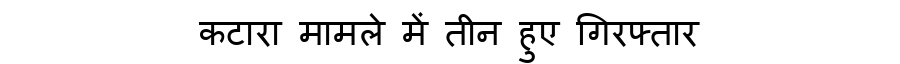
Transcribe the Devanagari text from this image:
कटारा मामले में तीन हुए गिरफ्तार